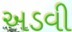
અડવી